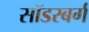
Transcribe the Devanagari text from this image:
सॉडरबर्ग